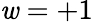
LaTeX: \mathit{w}=+1